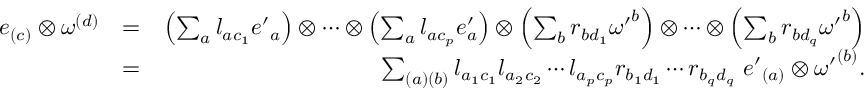
\begin{array} { r l r } { e _ { ( c ) } \otimes \omega ^ { ( d ) } } & { = } & { \left( \sum _ { a } l _ { a c _ { 1 } } { e ^ { \prime } } _ { a } \right) \otimes \cdots \otimes \left( \sum _ { a } l _ { a c _ { p } } e _ { a } ^ { \prime } \right) \otimes \left( \sum _ { b } r _ { b d _ { 1 } } { \omega ^ { \prime } } ^ { b } \right) \otimes \cdots \otimes \left( \sum _ { b } r _ { b d _ { q } } { \omega ^ { \prime } } ^ { b } \right) } \\ & { = } & { \sum _ { ( a ) ( b ) } l _ { a _ { 1 } c _ { 1 } } l _ { a _ { 2 } c _ { 2 } } \cdots l _ { a _ { p } c _ { p } } r _ { b _ { 1 } d _ { 1 } } \cdots r _ { b _ { q } d _ { q } } \mathrm { ~ } { e ^ { \prime } } _ { ( a ) } \otimes { \omega ^ { \prime } } ^ { ( b ) } . } \end{array}